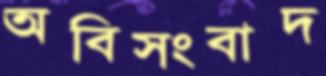
অবিসংবাদ